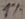
Text: 1%